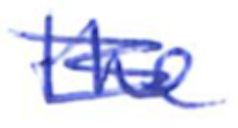
Text: the
Cross-out: scratch
Writing tool: ballpoint